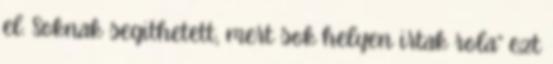
el. Soknak segithetett, mert sok helyen irtak rola” ezt